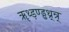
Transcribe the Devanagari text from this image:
ॠथ्ड़ण्ड्ढथ्र्न्र्